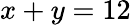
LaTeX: x+y=12